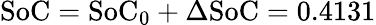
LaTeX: \mathrm{SoC=SoC_{0}+\Delta SoC=0.4131}